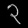
Digit: ၃